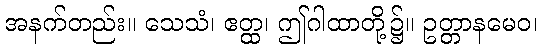
အနက်တည်း။ သေသံ၊ ဧတ္ထ၊ ဤဂါထာတို့၌။ ဥတ္တာနမေဝ၊